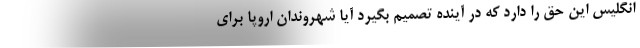
انگلیس این حق را دارد که در آینده تصمیم بگیرد آیا شهروندان اروپا برای